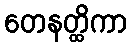
တေနတ္ထိကာ